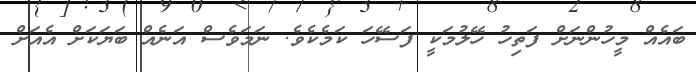
ބައެއް މީހުންނަށް ފަތިހު ހޭލުމަކީ ފަސޭހަ ކަމެކެވެ. ނަމަވެސް އަނެއް ބަޔަކަށް އެއަށް